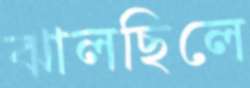
ঝালছিলে